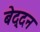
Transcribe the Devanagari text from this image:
बेद्दन